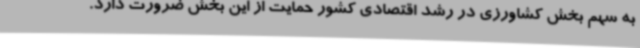
به سهم بخش کشاورزی در رشد اقتصادی کشور حمایت از این بخش ضرورت دارد.